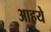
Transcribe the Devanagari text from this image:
आहये